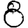
Digit: 8